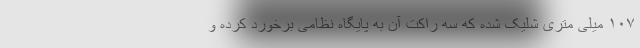
۱۰۷ میلی متری شلیک شده که سه راکت آن به پایگاه نظامی برخورد کرده و